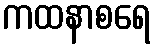
ကထနာစရေ